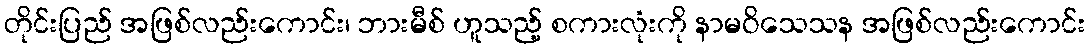
တိုင်းပြည် အဖြစ်လည်းကောင်း၊ ဘားမီစ် ဟူသည့် စကားလုံးကို နာမဝိသေသန အဖြစ်လည်းကောင်း